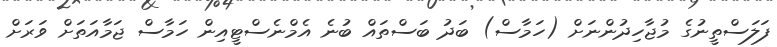
ފަލަސްތީނުގެ މުޖާހިދުންނަށް (ހަމާސް) ބަދު ބަސްތައް ބުނެ އެމްނެސްޓީއިން ހަމާސް ޖަމާއަތަށް ވަރަށް